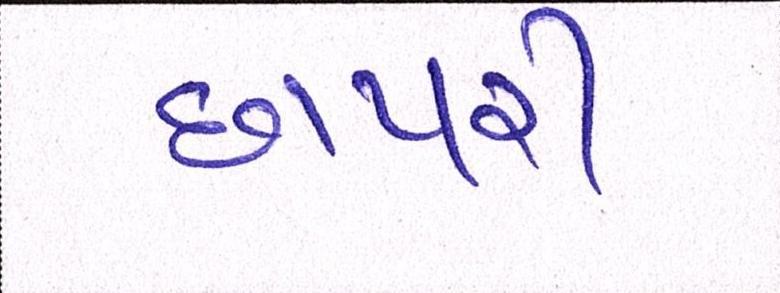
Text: છાપરી